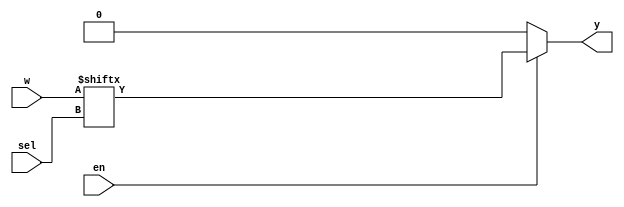
/*
Module name: MUX 16 to 1
Author: Nguyen Thanh Phu
*/
module MUX_16_to_1(en, w, sel, y);
    input en;
    input [15:0] w;
    input [3:0] sel;
    output reg y;

    always @(en, w, sel) 
    begin
        if(en == 0)
            y = 0;
        else 
            y = w[sel];    
    end
endmodule